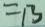
= 1 3